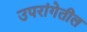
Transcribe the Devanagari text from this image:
उपरांगेतील